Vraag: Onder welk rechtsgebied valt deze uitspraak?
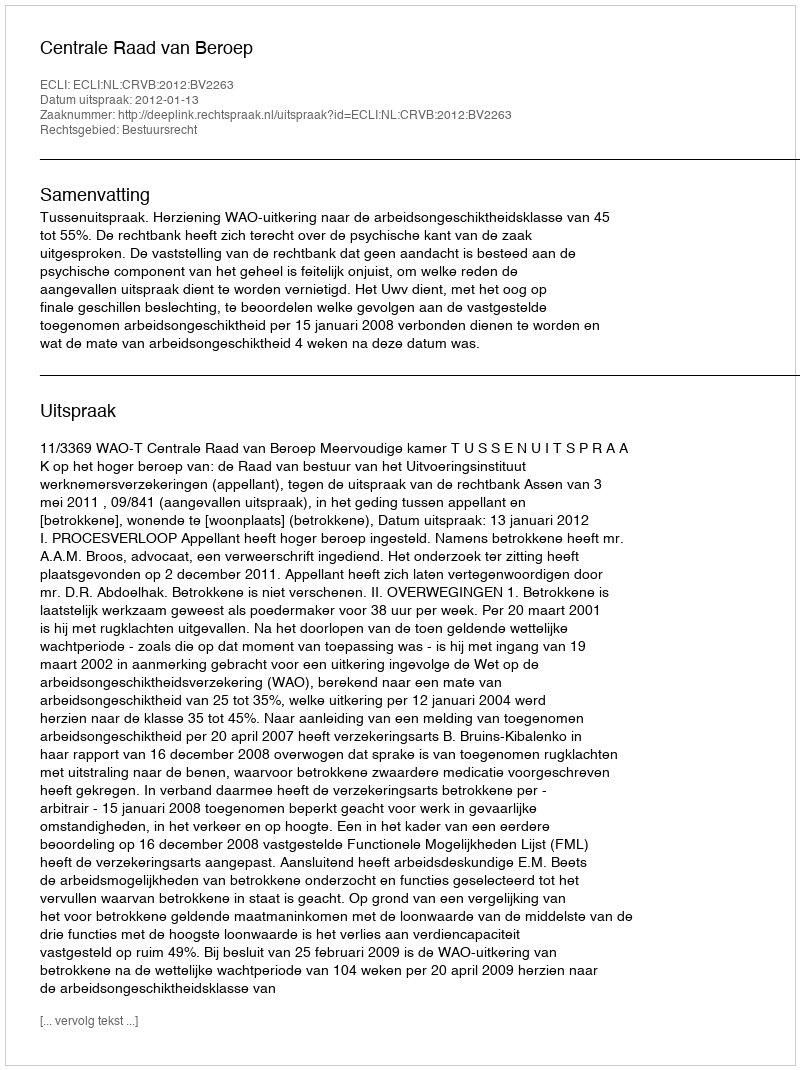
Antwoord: Bestuursrecht